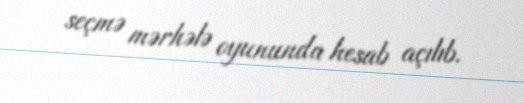
seçmə mərhələ oyununda hesab açılıb.